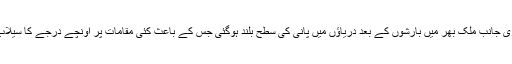
دوسری جانب ملک بھر میں بارشوں کے بعد دریاؤں میں پانی کی سطح بلند ہوگئی جس کے باعث کئی مقامات پر اونچے درجے کا سیلاب ہے۔